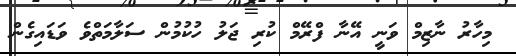
މިހާރު ނާޒިމް ވަނީ އޭނާ ފްރޭމް ކުރި ޖަލު ހުކުމުން ސަލާމަތްވެ ވަޑައިގެން